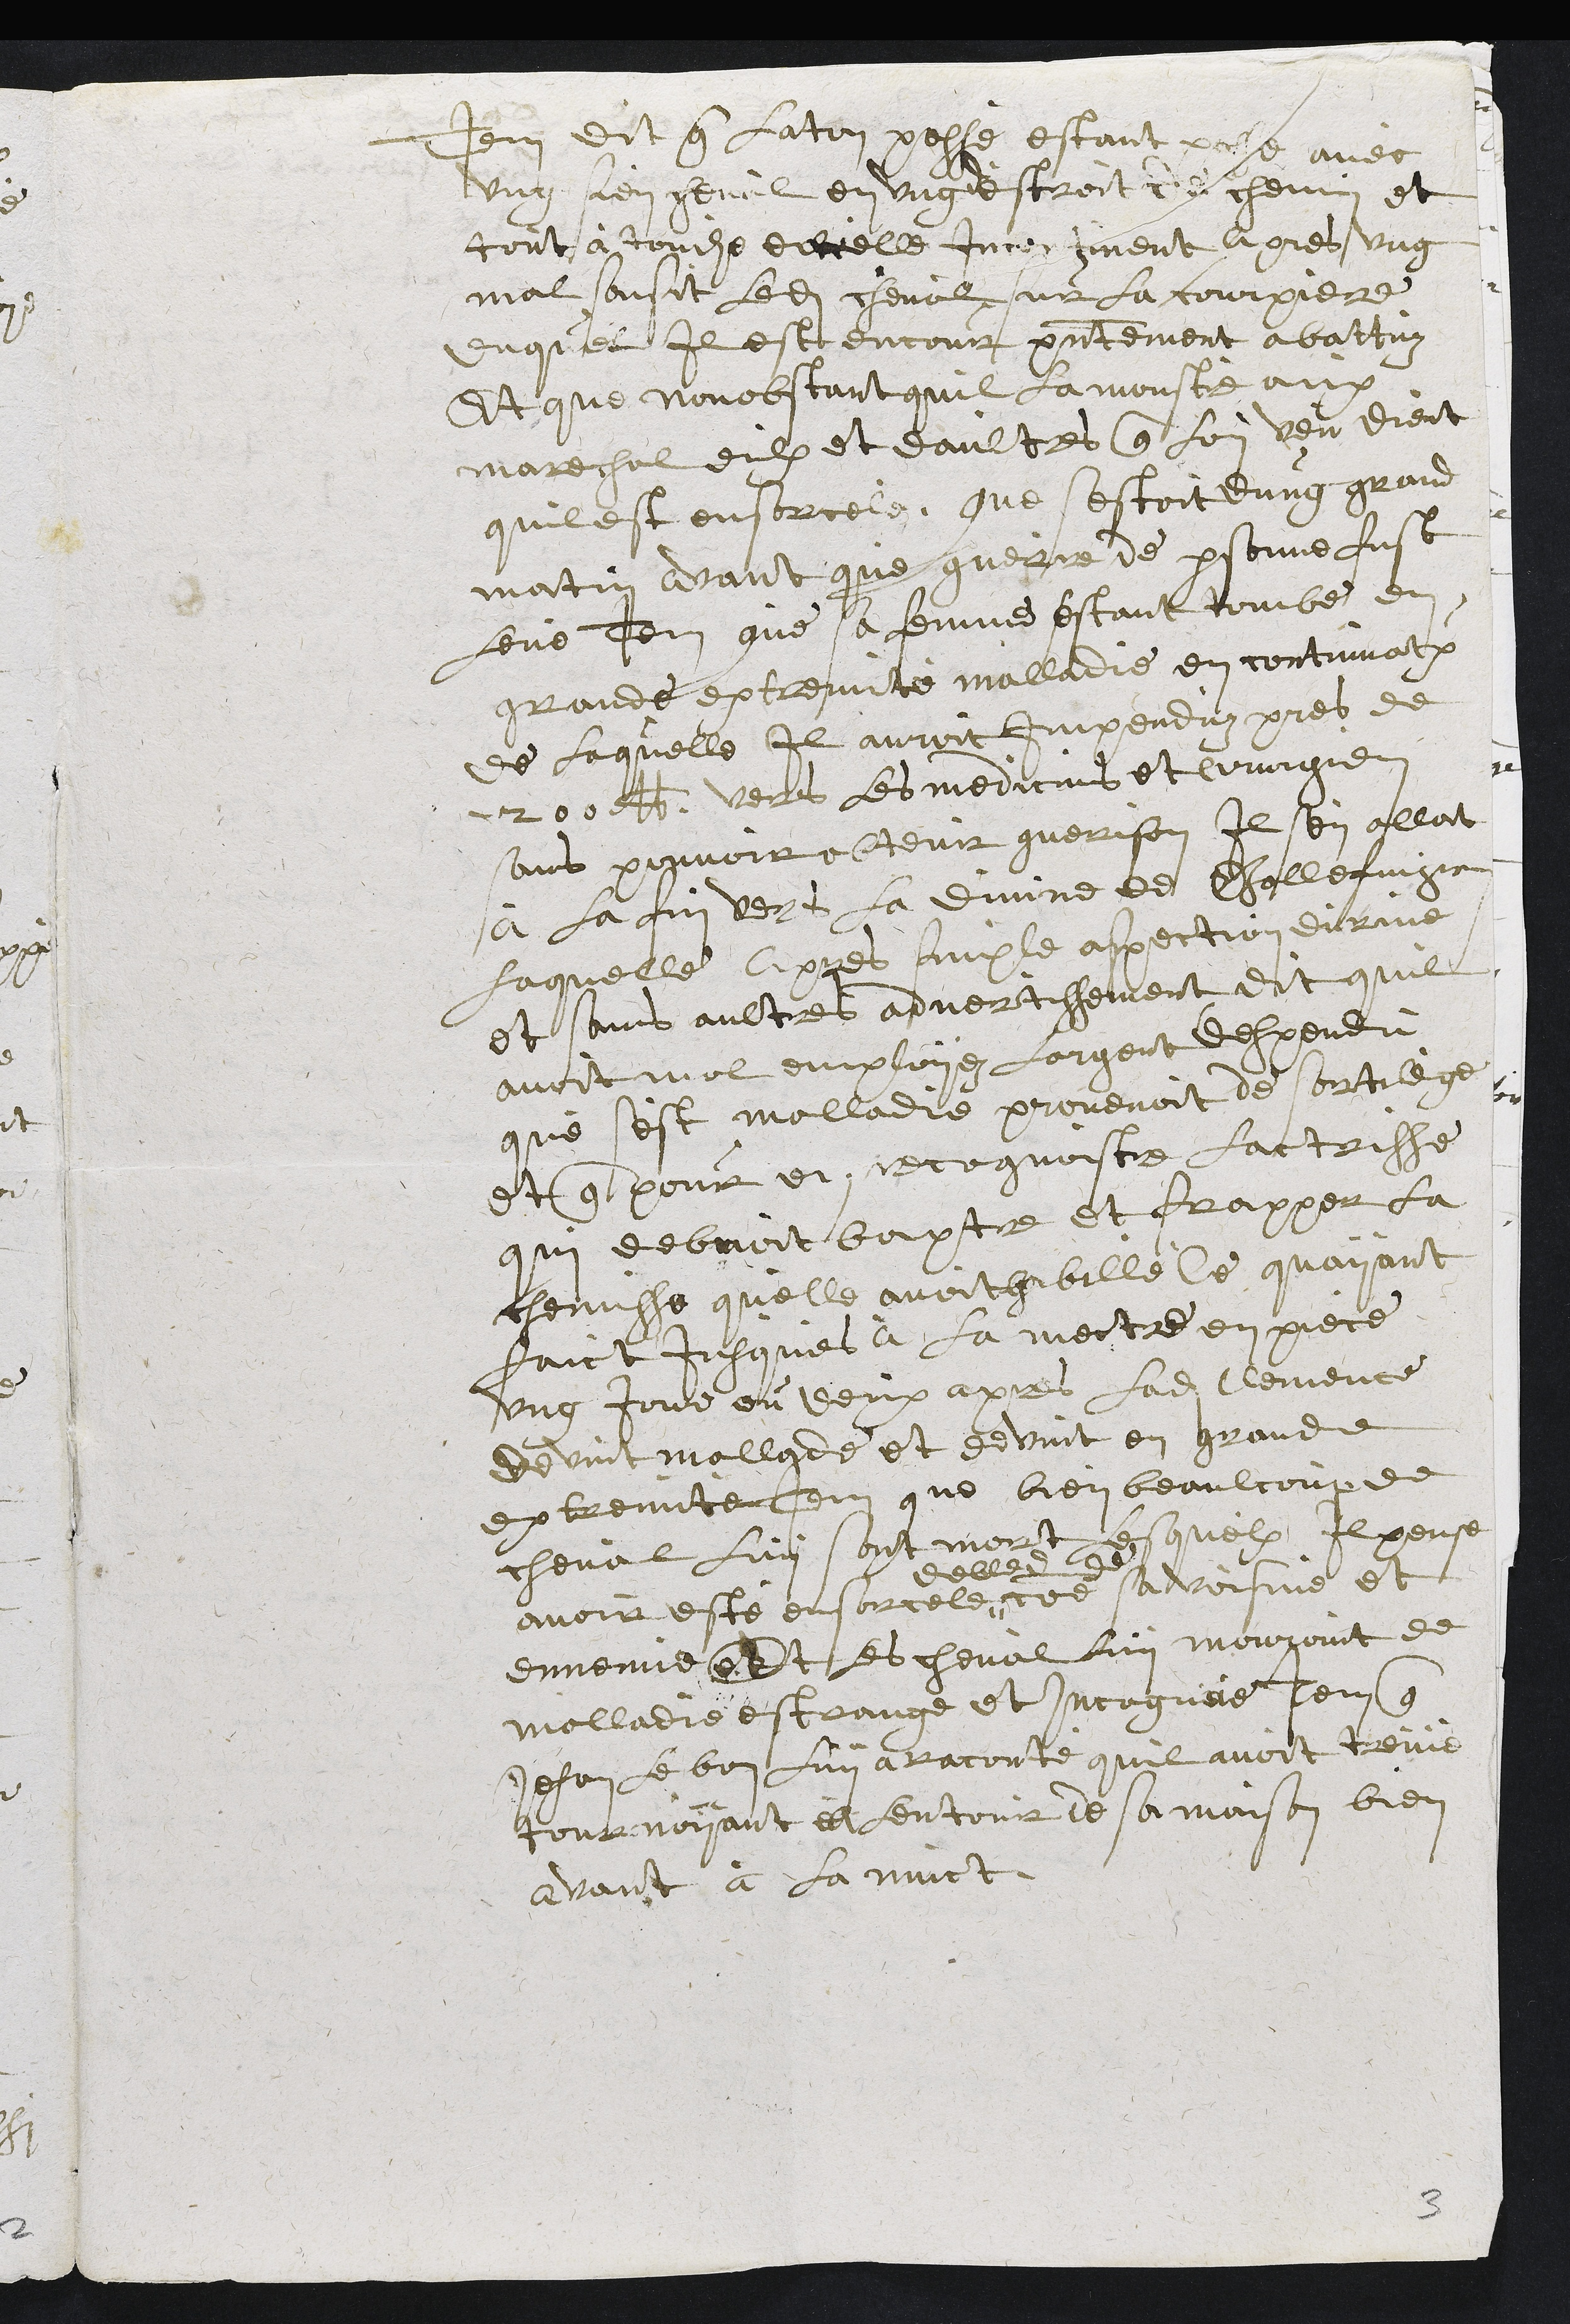
Item dit que laton passè estant passe avec
ung sien cheval en ung destroit de chemin et
tout à touche deceelle Incontinent apres ung
mal saisit ledit cheval sur la courpiere
duquel il est encour presentement abattuz
Et que nonobstant quil la monstrè aux
marechal eulx et daultres que lon veu dient
quil est ensorcele Que sestoit dung grand
matin avant que guerre de personne fust
leve Item que sa femme estant tombe en
grande extremitè malladie en continuatx
de laquelle il auroit impenduz pres de
200 lb vers les medicins et cirurgien
sans pouvoit obtenir guerison Il sen allat
à la fin vert la divine de Gallefingen
laquelle apres simple aspection durine
Et sans aultres advertissement dit quil
avoit mal employez largent despendu
que sest malladie provenoit de sortilege
et que pour en recognoistre lactrisse
qui debvoit baptre et frapper la
chemisse quelle avoit habillé Ce quayant
faict jusques à la mectre en piece
ung jour ou deux apres ladite Clemence
devint mallade et devint en grande
extremitè Item que bien beaulcoup de
cheval luy sont mort lesquelx Il pense
avoir este ensorcele #
delle
comme
de
sa voisine et
ennemie Et les cheval lui mouroint de
malladie estrange et incognue Item que
Jehan le bon Lui a racontè quil avoit treuvè
tournoyant a lentour de sa maison bien
avant à la nuict.